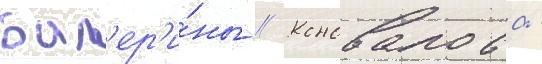
бал'ер'и́ны // Коновалова -